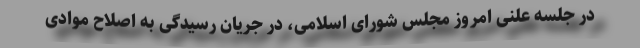
در جلسه علنی امروز مجلس شورای اسلامی، در جریان رسیدگی به اصلاح موادی